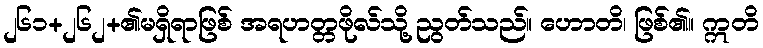
၂၆၁+၂၆၂+၏မရှိရာဖြစ် အရဟတ္တဖိုလ်သို့ ညွတ်သည်။ ဟောတိ၊ ဖြစ်၏။ ဣတိ